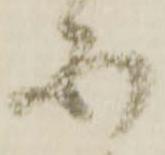
不